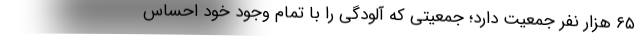
۶۵ هزار نفر جمعیت دارد؛ جمعیتی که آلودگی را با تمام وجود خود احساس